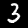
Digit: 3